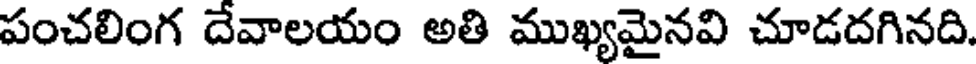
పంచలింగ దేవాలయం అతి ముఖ్యమైనవి చూడదగినది